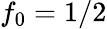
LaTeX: f_{0}=1/2